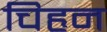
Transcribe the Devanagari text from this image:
चिहृन